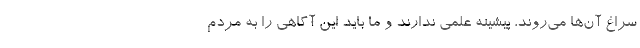
سراغ آن‌ها می‌روند، پیشینه علمی ندارند و ما باید این آگاهی را به مردم